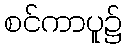
စင်ကာပူ၌